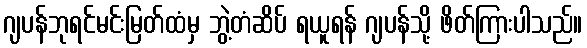
ဂျပန်ဘုရင်မင်းမြတ်ထံမှ ဘွဲ့တံဆိပ် ရယူရန် ဂျပန်သို့ ဖိတ်ကြားပါသည်။